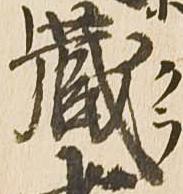
蔵